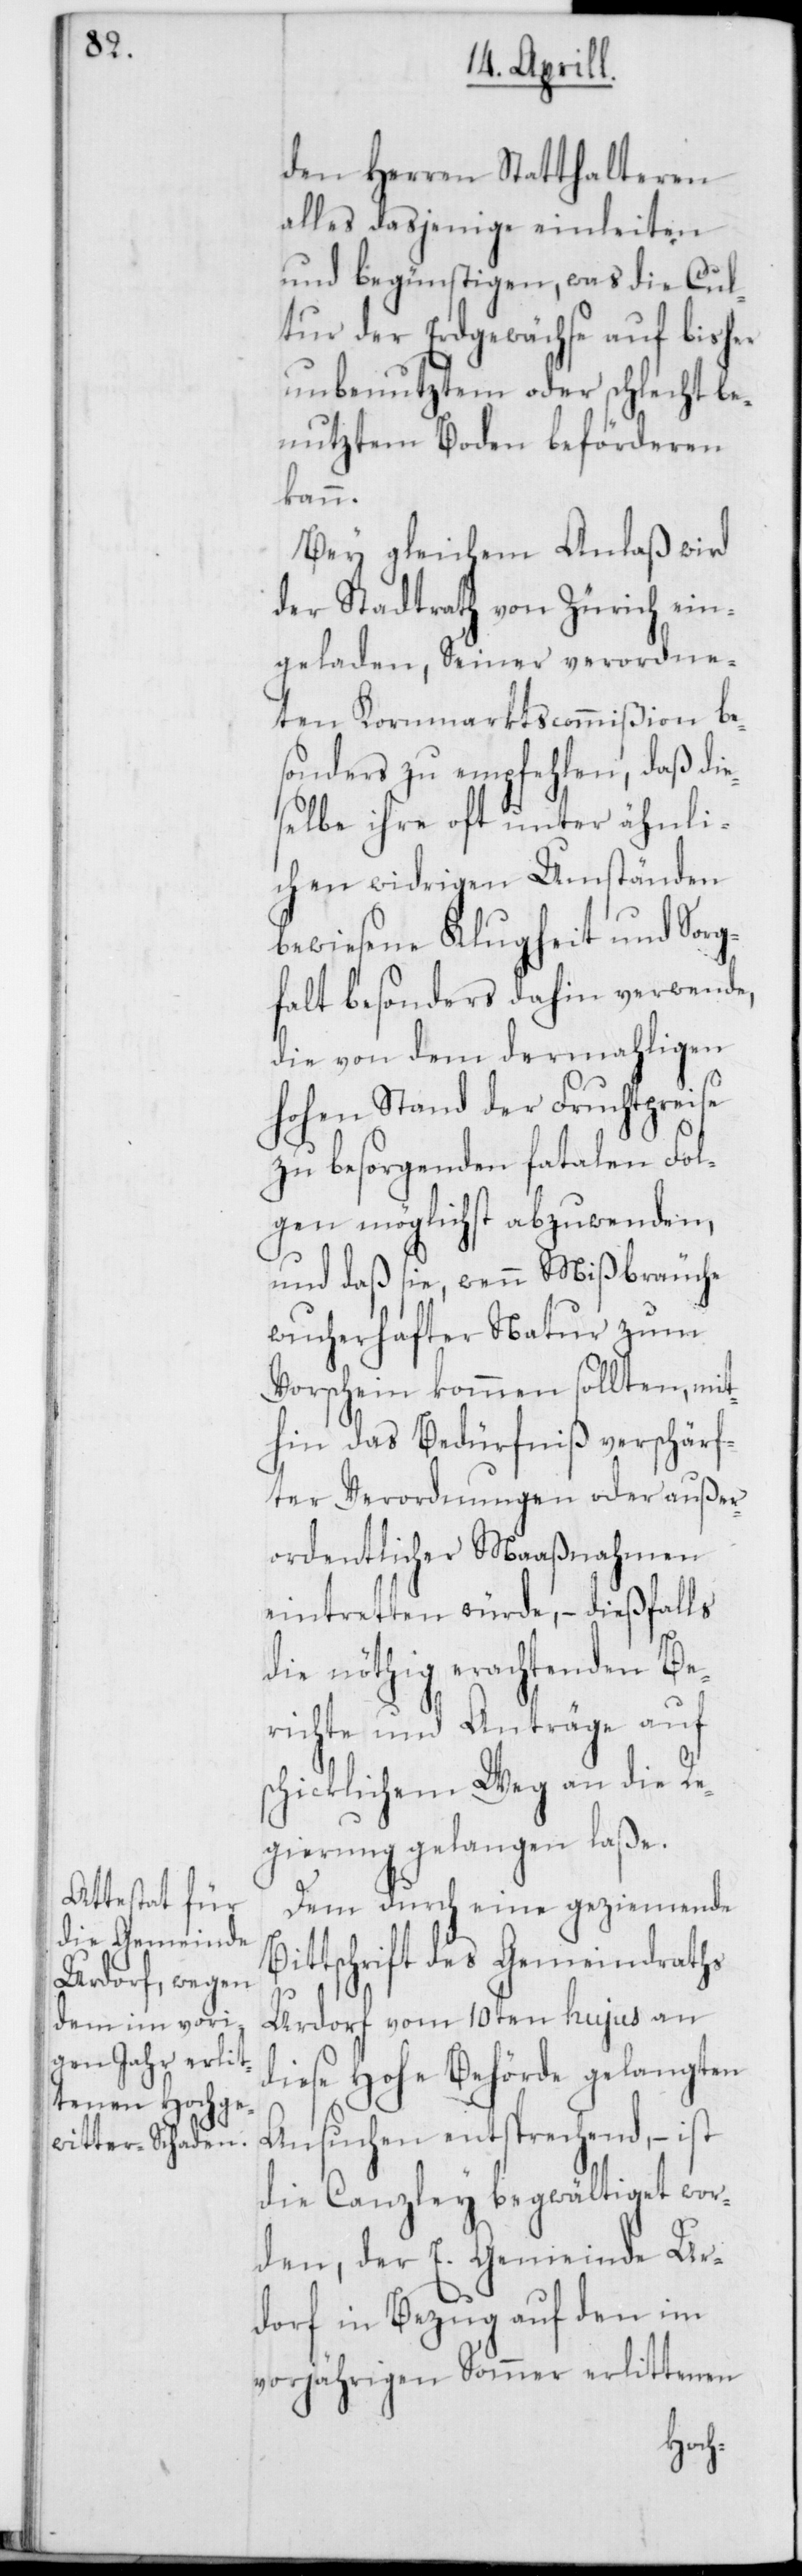
den Herren Statthalteren
alles daßjenige einleiten
und begünstigen, was die Cul¬
tur der Erdgewächse auf bisher
unbenutztem oder schlecht be¬
nutztem Boden beförderen
kann.
Bey gleichem Anlaß wird
der Stadtrath von Zürich ein¬
geladen, Seiner verordne¬
ten Kornmarktcommißion be¬
sonders zu empfehlen, daß die¬
selbe ihre oft unter ähnli¬
chen widrigen Umständen
bewiesene Klugheit und Sorg¬
falt besonders dahin verwende,
die von dem dermahligen
hohen Stand der Fruchtpreise
zu besorgenden fatalen Fol¬
gen möglichst abzuwenden,
und daß sie, wenn Mißbräuche
wucherhafter Natur zum
Vorschein kommen sollten, mit¬
hin das Bedürfniß verschärf¬
ter Verordnungen oder außer¬
ordentlicher Maaßnahmen
eintretten würde, – dießfalls
die nöthig erachtenden Be¬
richte und Anträge auf
schicklichem Weg an die Re¬
gierung gelangen laße.
Dem durch eine geziemende
tschrift des Gemeindraths
Urdorf vom 10ten hujus an
diese Hohe Behörde gelangten
Ansuchen entsprechend, – ist
die Canzley begwältiget wor¬
den, der E. Gemeinde Ur¬
dorf in Bezug auf den im
vorjährigen Sommer erlittenen
Bit¬